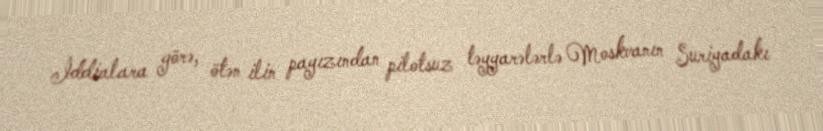
İddialara görə, ötən ilin payızından pilotsuz təyyarələrlə Moskvanın Suriyadakı